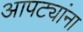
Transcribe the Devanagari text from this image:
आपट्यांना